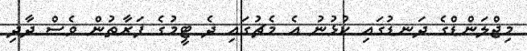
މިޖްލަންޑްގެ ދަނޑުގައި ކުޅުނު އެ މެޗުގައި ދެ ޓީމުގެ ފަރާތުން ވެސް ދާދި